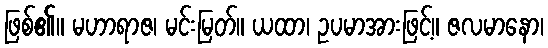
ဖြစ်၏။ မဟာရာဇ၊ မင်းမြတ်။ ယထာ၊ ဥပမာအားဖြင့်။ ဇလမာနော၊